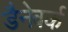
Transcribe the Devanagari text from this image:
डैनेवर्क